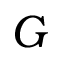
G